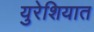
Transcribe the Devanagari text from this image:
युरेशियात